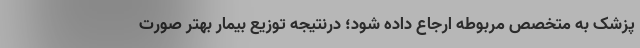
پزشک به متخصص مربوطه ارجاع داده شود؛ درنتیجه توزیع بیمار بهتر صورت